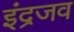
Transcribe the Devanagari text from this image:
इंद्रजव